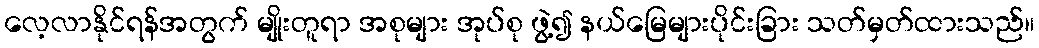
လေ့လာနိုင်ရန်အတွက် မျိုးတူရာ အစုများ အုပ်စု ဖွဲ့၍ နယ်မြေများပိုင်းခြား သတ်မှတ်ထားသည်။